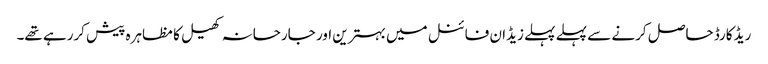
ریڈ کارڈ حاصل کرنے سے پہلے پہلے زیڈان فائنل میں بہترین اور جارحانہ کھیل کا مظاہرہ پیش کررہے تھے۔